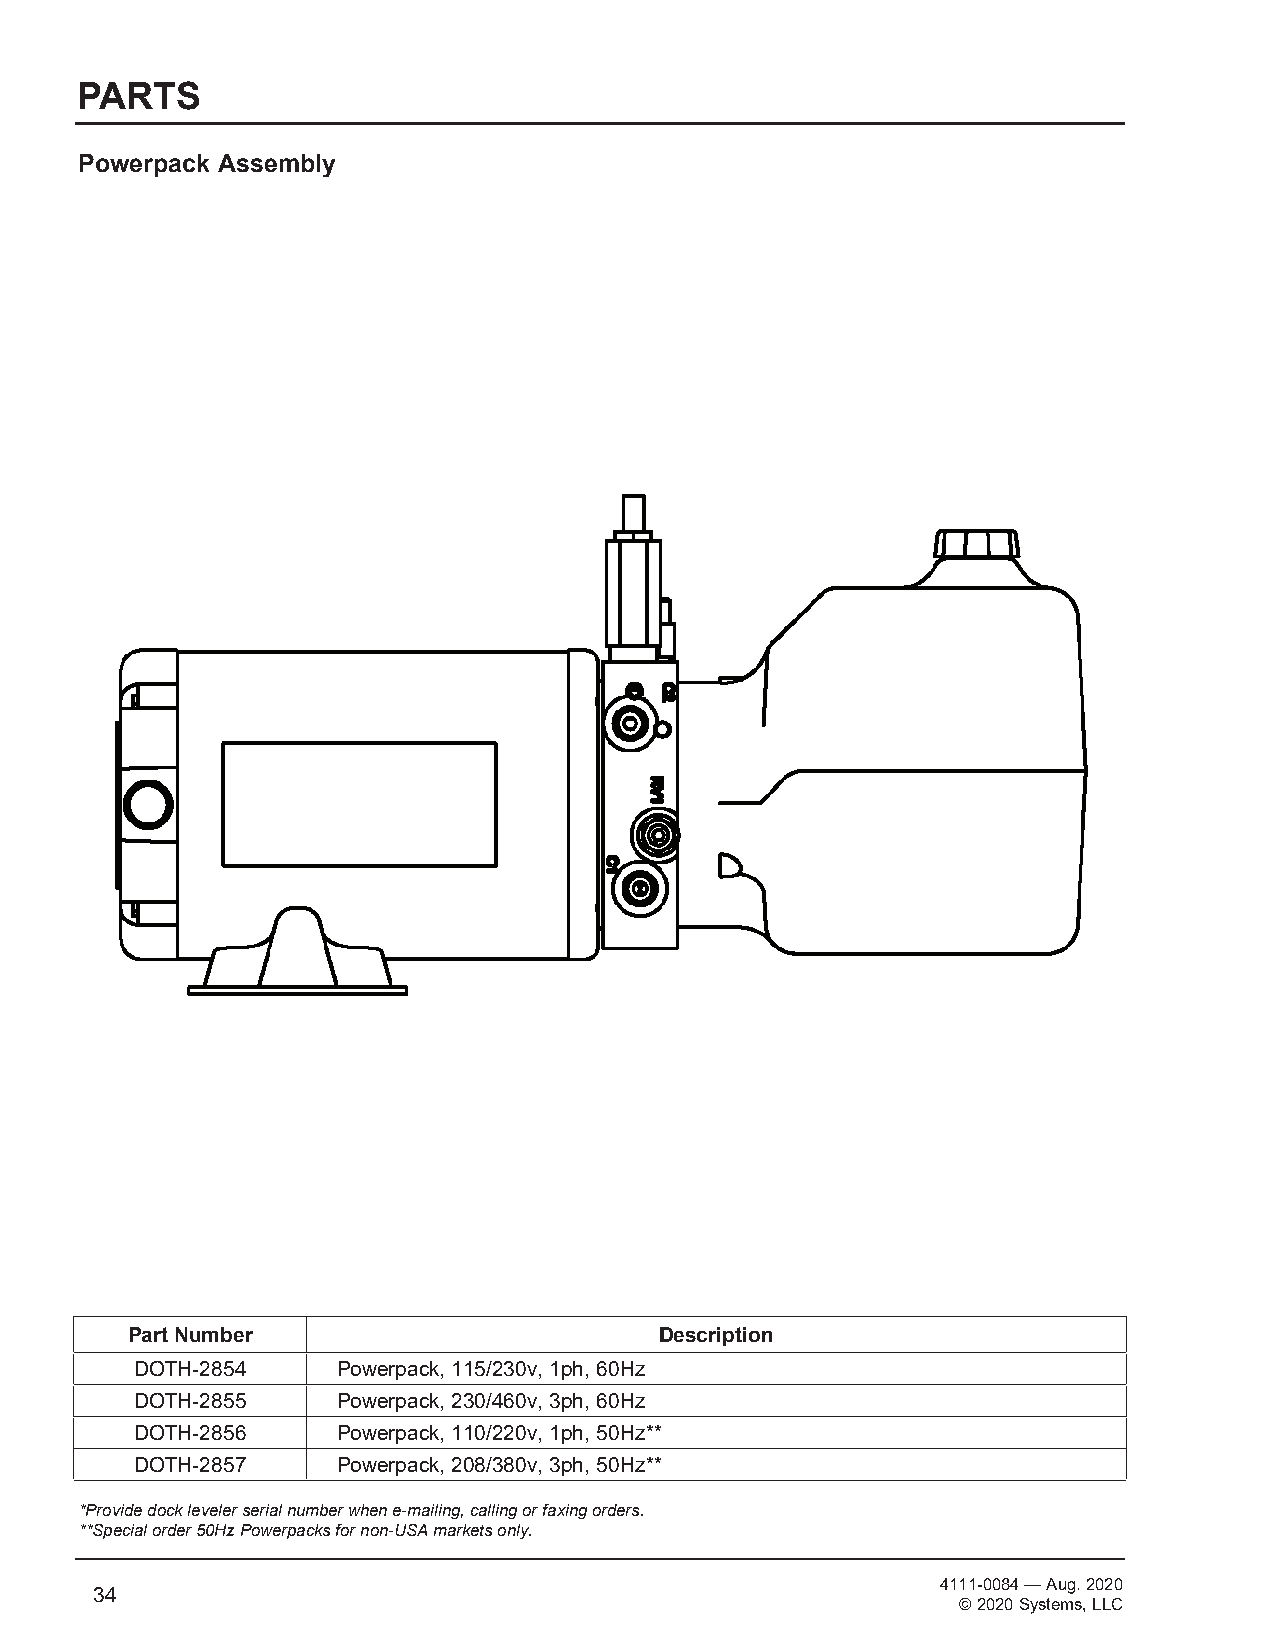
PARTS
 Powerpack Assembly
 Part Number                         Description
 DOTH-2854    Powerpack, 115/230v, 1ph, 60Hz
 DOTH-2855    Powerpack, 230/460v, 3ph, 60Hz
 DOTH-2856    Powerpack, 110/220v, 1ph, 50Hz**
 DOTH-2857    Powerpack, 208/380v, 3ph, 50Hz**
 *Provide dock leveler serial number when e-mailing, calling or faxing orders.
 **Special order 50Hz Powerpacks for non-USA markets only.
 4111-0084 — Aug. 2020
 34
 © 2020 Systems, LLC